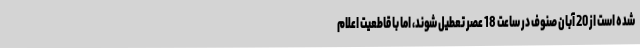
شده است از 20 آبان صنوف در ساعت 18 عصر تعطیل شوند، اما با قاطعیت اعلام